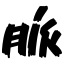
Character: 脈